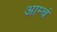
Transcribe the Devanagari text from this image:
आम्चं